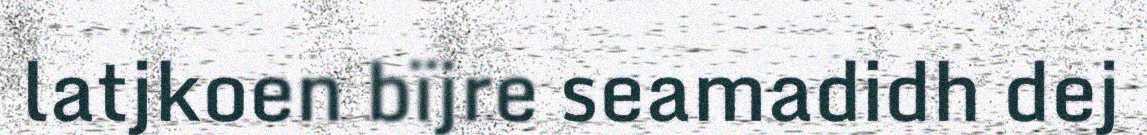
latjkoen bïjre seamadidh dej